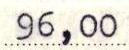
96,00